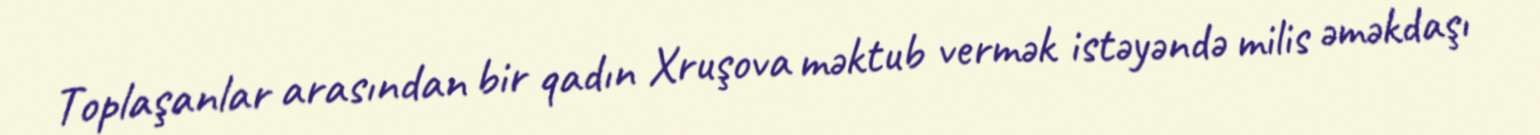
Toplaşanlar arasından bir qadın Xruşova məktub vermək istəyəndə milis əməkdaşı